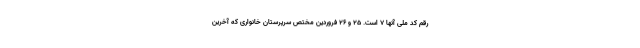
رقم کد ملی آنها ۷ است. ۲۵ و ۲۶ فروردین مختص سرپرستان خانواری که آخرین